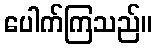
ပေါက်ကြသည်။